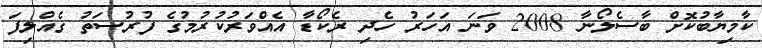
ކާމިޔާބުކޮށް ބާސެލޯނާ 2008 ވަނަ އަހަރު ހެދި ރެކޯޑާ އެއްވަރުކުރުމުގެ ފުރުސަތު ގެއްލިފަ